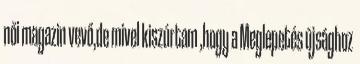
női magazin vevő,de mivel kiszúrtam ,hogy a Meglepetés újsághoz